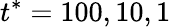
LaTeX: t^{*}=100,10,1